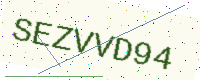
Text: SEZVVD94